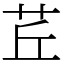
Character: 茊